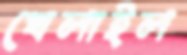
খেলাইল